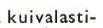
Kuivalasti-